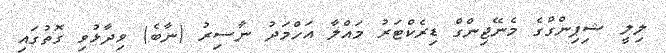
ލިލީ ޝިޕިންގްގެ މެނޭޖިންގް ޑިރެކްޓަރު މައްލާ އަހްމަދު ނާސިރު (ނާބެ) ވިދާޅުވި ގޮތުގައި